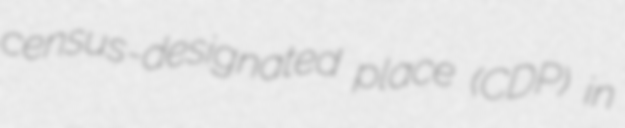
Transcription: census-designated place (CDP) in